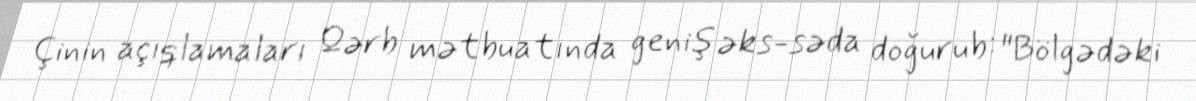
Çinin açıqlamaları Qərb mətbuatında geniş əks-səda doğurub: "Bölgədəki